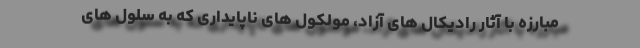
مبارزه با آثار رادیکال های آزاد، مولکول های ناپایداری که به سلول های